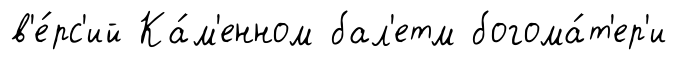
в'е́рс'ий Ка́м'енном бал'етм богома́т'ер'и